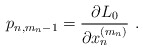
\begin{align*}p_{n,m_n-1}=\frac{\partial L_0}{\partial x_n^{(m_n)}}\ .\end{align*}